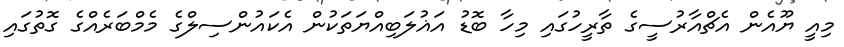
މިއީ ޔޫއެން އެޗްއާރުސީގެ ތާރީހުގައި މިހާ ބޮޑު އަޣުލަބިއްޔަތަކުން އެކައުންސިލްގެ މެމްބަރެއްގެ ގޮތުގައި